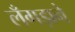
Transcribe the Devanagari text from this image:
लँगड़ाने